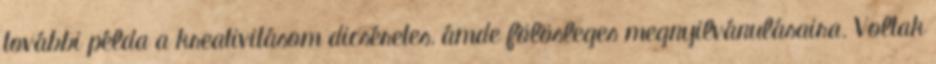
további példa a kreativitásom dicséretes, ámde fölösleges megnyilvánulásaira. Voltak